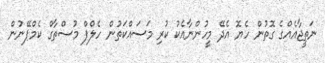
ނަތީޖާއެއްގެ ގޮތުން ހެޔޮ އެދޭ މީހުންނާއެކު ކުރި މަސައްކަތުން ހެލްޕް މުސްތާގް ކެމްޕޭނުން